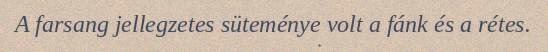
A farsang jellegzetes süteménye volt a fánk és a rétes.